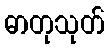
ဓာတုသုတ်